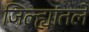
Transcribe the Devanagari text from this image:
जिल्ह्यांतले